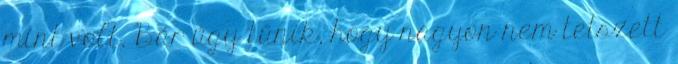
mint volt. Bár úgy tűnik, hogy nagyon nem tetszett